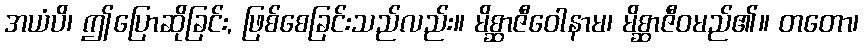
အယံပိ၊ ဤပြောဆိုခြင်း, ဖြစ်စေခြင်းသည်လည်း။ မိစ္ဆာဇီဝေါနာမ၊ မိစ္ဆာဇီဝမည်၏။ တတော၊